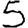
Digit: 5